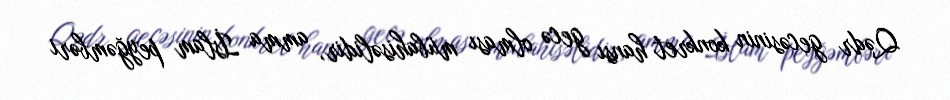
Qədr gecəsinin konkret hansı gecə olması mübahisəlidir, amma İslam peyğəmbəri